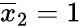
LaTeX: \overline{{x}}_{2}=1